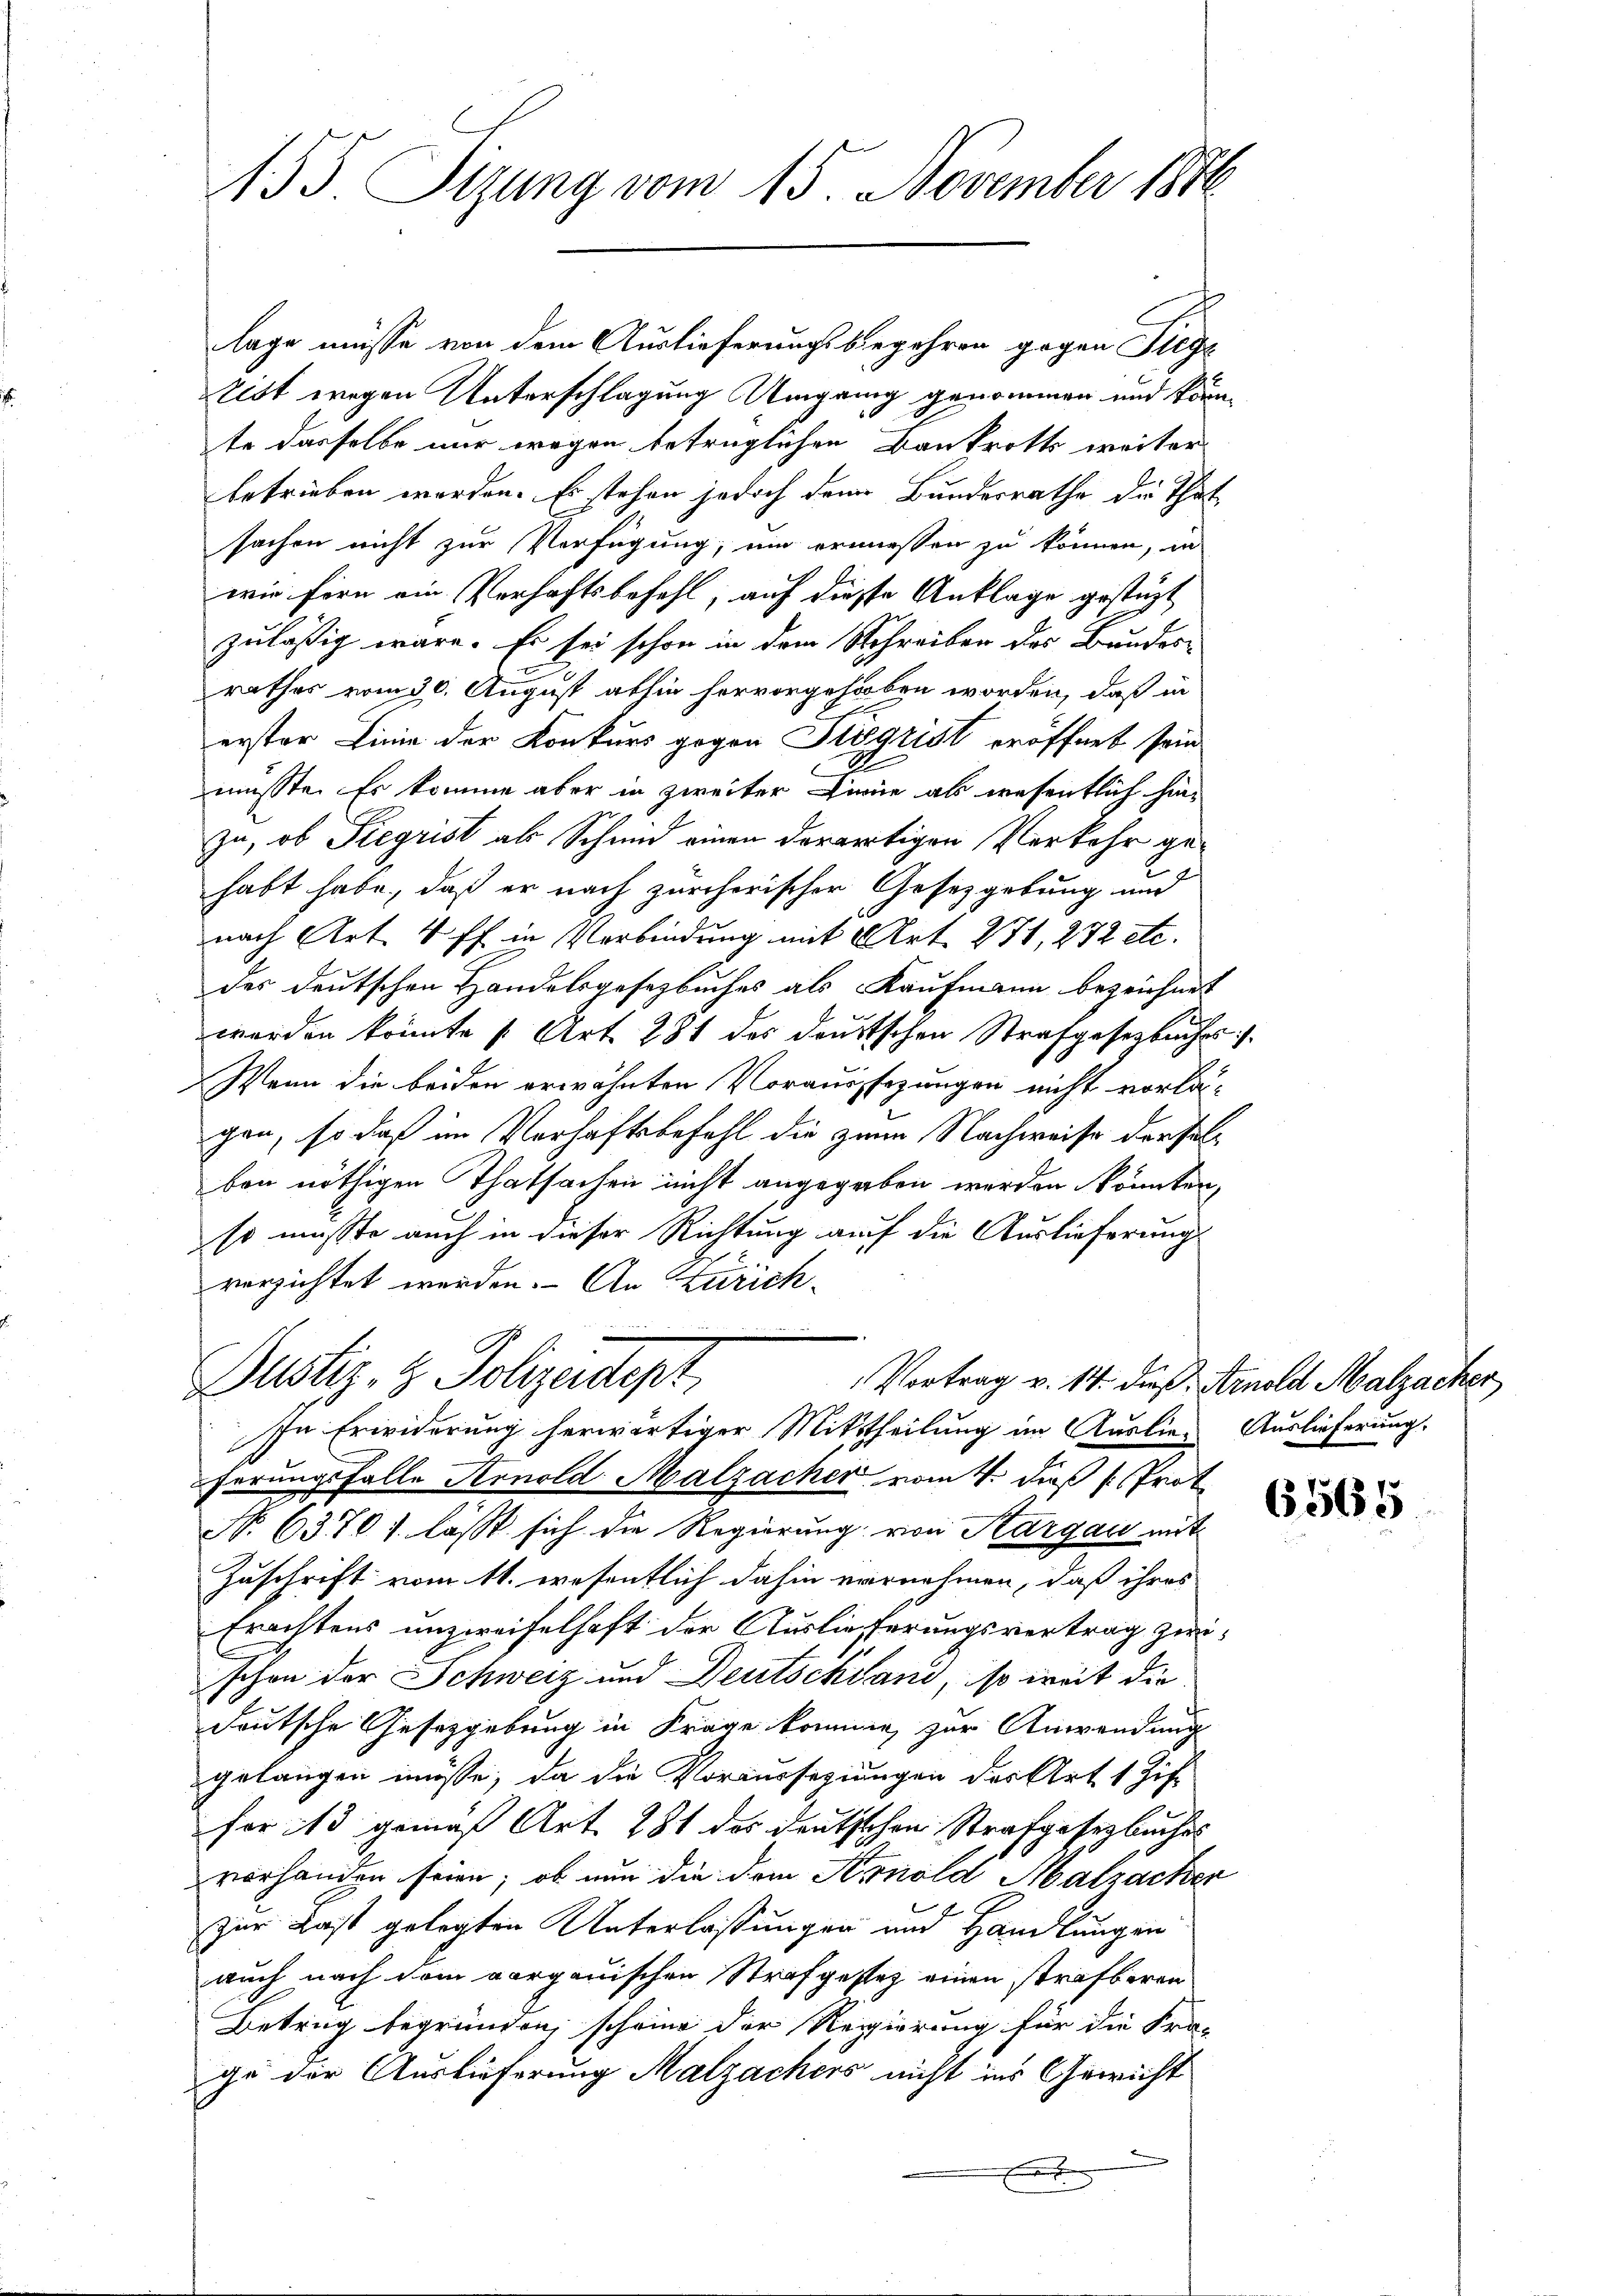
155 Sizung vom 15. November 1848

lage müsse von dem Auslieferungsbegehren gegen Pilge
tist wegen Unterschlagung Umgang genommen und könnte dasselbe nur wegen betrüglichen Bankrotts weiter
betrieben worden. Es stehen jedoch dem Bundesrathe die That
sachen nicht zur Verfügung, um ermiessen zu können, in
wie fern ein Verhaftsbefehl, auf diesse Anklage gestüzt
zulässig wäre. Er sei schon in dem Schreiben des Bundes-
rathes vom 30. August abhin hervorgehoben worden, daß in
erster Linie der Konkurs gegen Sigrist eröffnet sein
müsste. Er komme aber in zweiter Linie als wesentlich hin
zu, ob Siegrist als Schmid einen derartigen Verkehr ge-
habt habe, daß er nach zürcherischer Gesetzgebung und
nach Art. 4 ff. in Verbindung mit Art. 271, 232 etc.
des deutschen Handelsgesetzbuches als Kaufmann bezeichnet
werden könnte (Art. 281 des deutschen Strafgesetzbuches
Wenn die beiden erwähnten Voraussezungen nicht vorlagen, so daß im Verhaftsbefehl die zum Nachweise der solben nöthigen Thatsachen nicht angegeben werden könnten,
so müsste auch in dieser Richtung auf die Auslieferung
verzichtet werden. An Zürich-
Dustiz- & Polizeidtept,
Vortrag v. 14. dieß. Arnold Malzacher
In Erwiderung herwärtiger Mittheilung im Auslie- Auslieferung.
ferungsfalle Arnold Malzacher vom 4. dieß Prot
No. 63701. lässt sich die Regierung von Aargau mit
Zuschrift vom 11. wesentlich dahin vornehmen, daß ihres
Erachtens unzweifelhaft der Auslieferungsvertrag zwischon der Schweiz und Deutschland, so weit die
deutsche Gesetzgebung in Frage komme zur Anwendung
gelangen müsse, da die Voraussezungen des Art. 1 Zif.
for 13 gemäß Art. 281 des deutschen Strafgesetzbuches
vorhanden seien; ob nun die dem Arnold Malzacher
zur Last gelegten Unterlassungen und Handlungen
auch nach dem vorganischen Strafgestez einen strafbaren
Betrug begründen, scheine der Regierung für die Fra-
ge der Auslieferung Malzachers nicht ins Gewicht